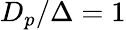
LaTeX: D_{p}/\Delta=1